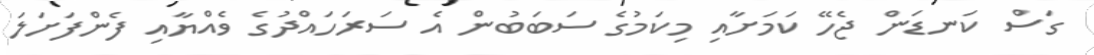
ގަސް ކަނޑަން ޖެހޭ ކަމަށާއި މިކަމުގެ ސަބަބުން އެ ސަރަހައްދުގެ ވެއްޔާއި ފެންފަށަލަ